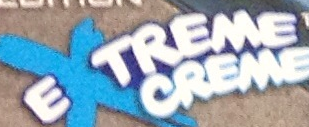
EXTREME